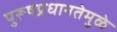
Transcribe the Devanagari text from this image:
पुरूषप्रधानतेमुळे